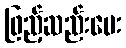
ဖြည့်ဆည်းပေး